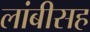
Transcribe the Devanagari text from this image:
लांबीसह